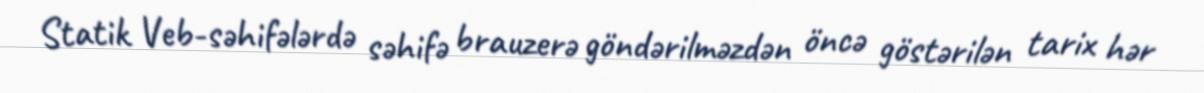
Statik Veb-səhifələrdə səhifə brauzerə göndərilməzdən öncə göstərilən tarix hər